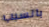
بالسبب